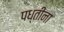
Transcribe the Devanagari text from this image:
पध्तीना